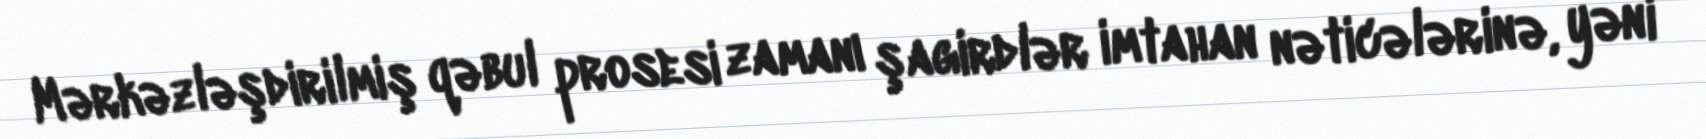
Mərkəzləşdirilmiş qəbul prosesi zamanı şagirdlər imtahan nəticələrinə, yəni